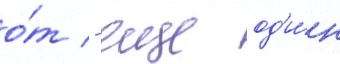
о́т - еще од'и́н